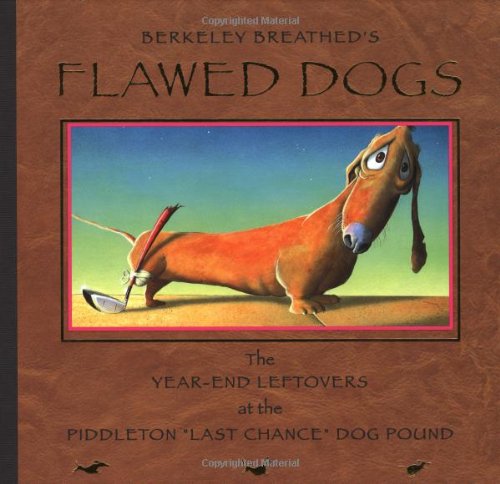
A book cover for Flawed Dogs: The Year End Leftovers at the Piddleton "Last Chance" Dog Pound; Berkeley Breathed; Humor & Entertainment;